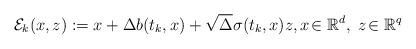
LaTeX: \begin{align*} {\cal E}_k(x,z) := x+\Delta b(t_k,x)+\sqrt{\Delta} \sigma(t_k,x) z, x\!\in \mathbb R^d, \; z \!\in \mathbb R^q \end{align*}